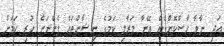
އަދި ނާވާ ހާސްކޮށްގެން އޭނާ މަރާލި ކަމުގެ ނިޝާންތައް ފެންނަން ހުރި ކަމަށް